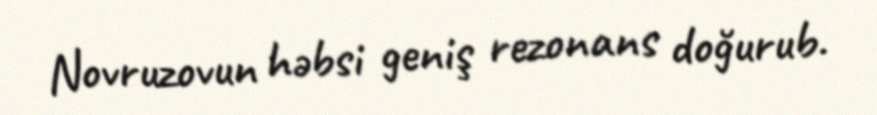
Novruzovun həbsi geniş rezonans doğurub.